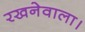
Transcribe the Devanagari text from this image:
रखनेवाला।